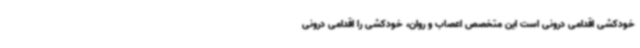
خودکشی اقدامی درونی است این متخصص اعصاب و روان، خودکشی را اقدامی درونی